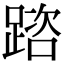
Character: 䠖